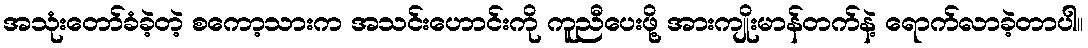
အသုံးတော်ခံခဲ့တဲ့ စကော့သားက အသင်းဟောင်းကို ကူညီပေးဖို့ အားကျိုးမာန်တက်နဲ့ ရောက်လာခဲ့တာပါ။